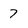
Character: 7